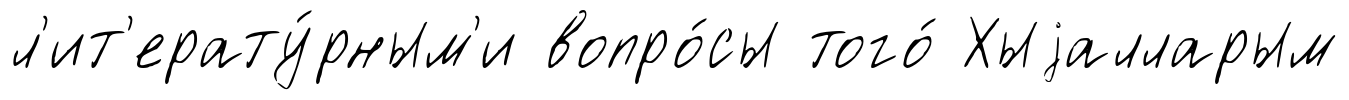
л'ит'ерату́рным'и вопро́сы того́ Хыjалларым